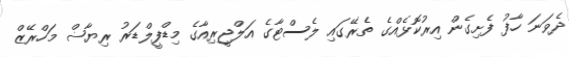
ދެވަނަ ހާފު ފެށިގެން އިރުކޮޅެއްގެ ތެރޭގައި ލެސްޓާގެ އަލްޖީރިއާގެ މިޑްފީލްޑަރު ރިޔާޟް މަހްރޭޒް